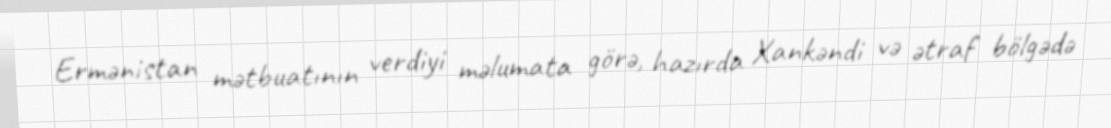
Ermənistan mətbuatının verdiyi məlumata görə, hazırda Xankəndi və ətraf bölgədə